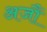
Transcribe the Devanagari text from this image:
अजौं